Source: Handwritten
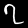
Digit: ၇ (7)